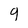
Character: 9